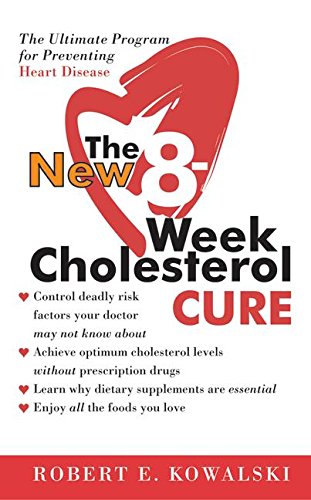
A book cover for The New 8-Week Cholesterol Cure; Robert E. Kowalski; Health, Fitness & Dieting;